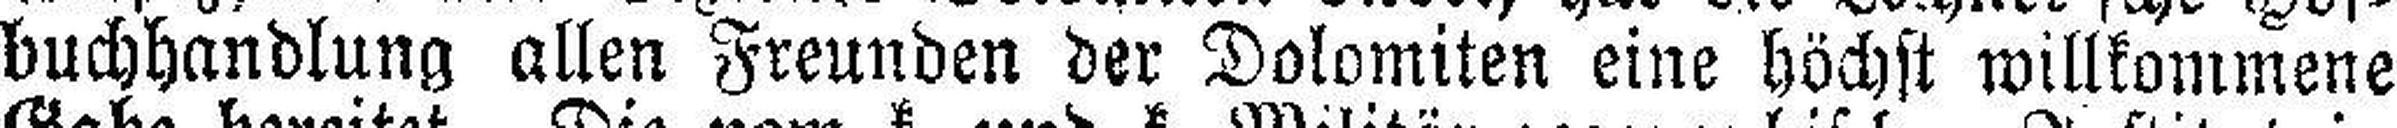
buchhandlung allen Freunden der Dolomiten eine höchst willkommene